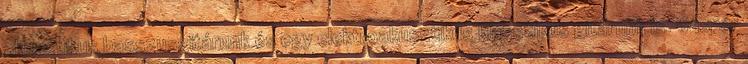
akusztikus basszusgitárunk és egy elektroakusztikus klasszikus gitárunk is. Gáspár